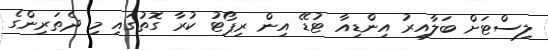
ލިސްޓަށް ބަލާއިރު އިންޑިއާ ޓުޑޭ އިން ރިޕޯޓު ކުރާ ގޮތުގައި މި ދެތަރިންގެ